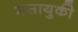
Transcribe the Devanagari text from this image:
मसायुकी